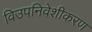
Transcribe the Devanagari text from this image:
विउपनिवेशीकरण